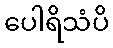
ပေါရိသံပိ